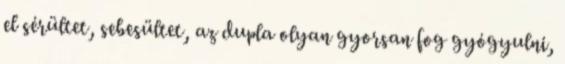
el sérültet, sebesültet, az dupla olyan gyorsan fog gyógyulni,